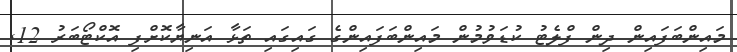
މައިންބަފައިން ދިން ފްލެޓު ކުޑަވުމުން މައިންބަފައިންގެ ގައިގައި ތަޅާ އަނިޔާކޮށްފި އޮކްޓޯބަރު 12